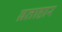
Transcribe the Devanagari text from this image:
व्रताहार